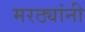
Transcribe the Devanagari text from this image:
मरठ्यांनी